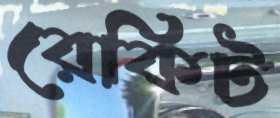
রেকিট